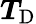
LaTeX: \boldsymbol{T}_{\mathrm{D}}